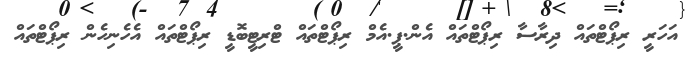
އަހަރީ ރިޕޯޓްތައް ދިރާސާ ރިޕޯޓްތައް އެން.ޕީ.އެމް ރިޕޯޓްތައް ޓްރިޓީބޮޑީ ރިޕޯޓްތައް އެހެނިހެން ރިޕޯޓްތައް